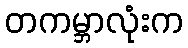
တကမ္ဘာလုံးက